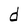
Character: d